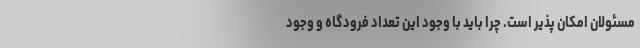
مسئولان امکان پذیر است. چرا باید با وجود این تعداد فرودگاه و وجود